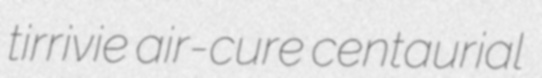
tirrivie air-cure centaurial